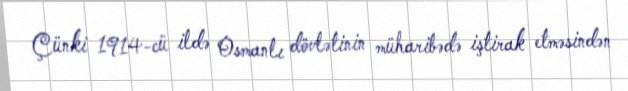
Çünki 1914-cü ildə Osmanlı dövlətinin müharibədə iştirak etməsindən